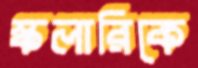
স্কলারিকে